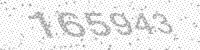
Solution: 165943